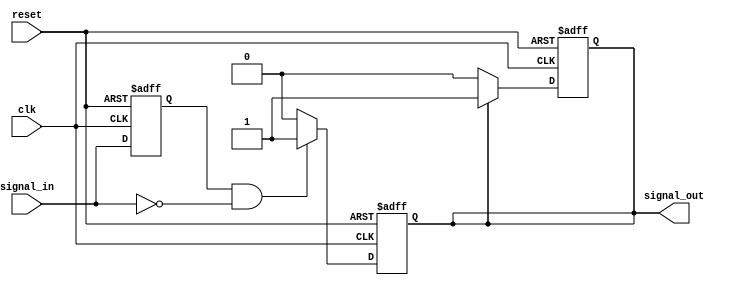
module negative_edge_detector (
    input wire clk,                // Clock signal
    input wire reset,              // Asynchronous reset signal
    input wire signal_in,          // Input signal to monitor
    output reg signal_out          // Output pulse indicating a negative edge
);

// Register to hold the previous state of the input signal
reg prev_signal;

// Asynchronous reset and state update on clock edge
always @(posedge clk or posedge reset) begin
    if (reset) begin
        // Initialize the registers on reset
        prev_signal <= 1'b0;      // Reset previous signal to low
        signal_out <= 1'b0;       // Reset output signal to low
    end else begin
        // Edge detection logic
        signal_out <= (prev_signal == 1'b1 && signal_in == 1'b0) ? 1'b1 : 1'b0;
        
        // Update previous signal state
        prev_signal <= signal_in;
    end
end

// Generate the one clock cycle output pulse
reg signal_out_reg;

always @(posedge clk or posedge reset) begin
    if (reset) begin
        signal_out_reg <= 1'b0;
    end else begin
        // Generate a one clock cycle pulse
        if (signal_out) begin
            signal_out_reg <= 1'b1;   // Set output high
        end else begin
            signal_out_reg <= 1'b0;   // Set output low
        end
    end
end

// Assign the register to the output
assign signal_out = signal_out_reg;

endmodule